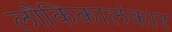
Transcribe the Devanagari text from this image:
लौकिकालंकार